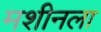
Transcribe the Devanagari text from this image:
मशीनला